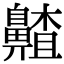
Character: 齄